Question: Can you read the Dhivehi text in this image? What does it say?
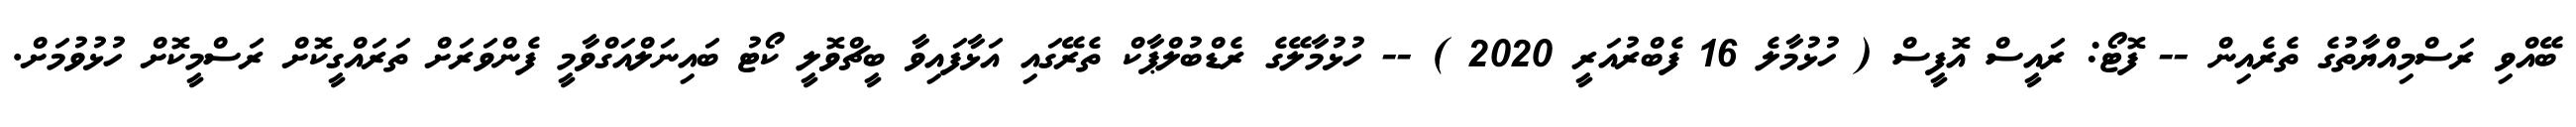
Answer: ބޭއްވި ރަސްމިއްޔާތުގެ ތެރެއިން -- ފޮޓޯ: ރައީސް އޮފީސް ( ހުޅުމާލެ 16 ފެބްރުއަރީ 2020 ) -- ހުޅުމާލޭގެ ރެޑްބުލްޕާކް ތެރޭގައި އަޅާފައިވާ ބީޗްވޮލީ ކޯޓު ބައިނަލްއަގްވާމީ ފެންވަރަށް ތަރައްގީކޮށް ރަސްމީކޮށް ހުޅުވުމަށް.